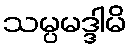
သမ္ပမဒ္ဒါမိ